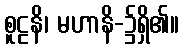
စူဠနိ၊ မဟာနိ-၌ရှိ၏။